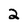
Character: 2